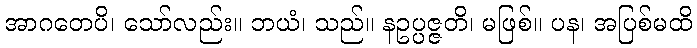
အာဂတေပိ၊ သော်လည်း။ ဘယံ၊ သည်။ နဥပ္ပဇ္ဇတိ၊ မဖြစ်။ ပန၊ အပြစ်မထိ